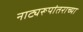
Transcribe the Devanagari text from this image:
नाट्यरूपांतराच्या